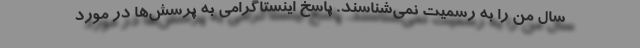
سال من را به رسمیت نمی‌شناسند. پاسخ اینستاگرامی به پرسش‌ها در مورد